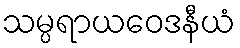
သမ္ပရာယဝေဒနီယံ